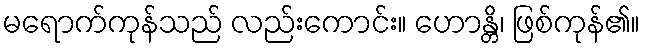
မရောက်ကုန်သည် လည်းကောင်း။ ဟောန္တိ၊ ဖြစ်ကုန်၏။